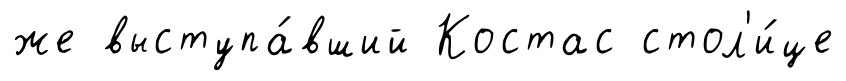
же выступа́вший Костас стол'и́це